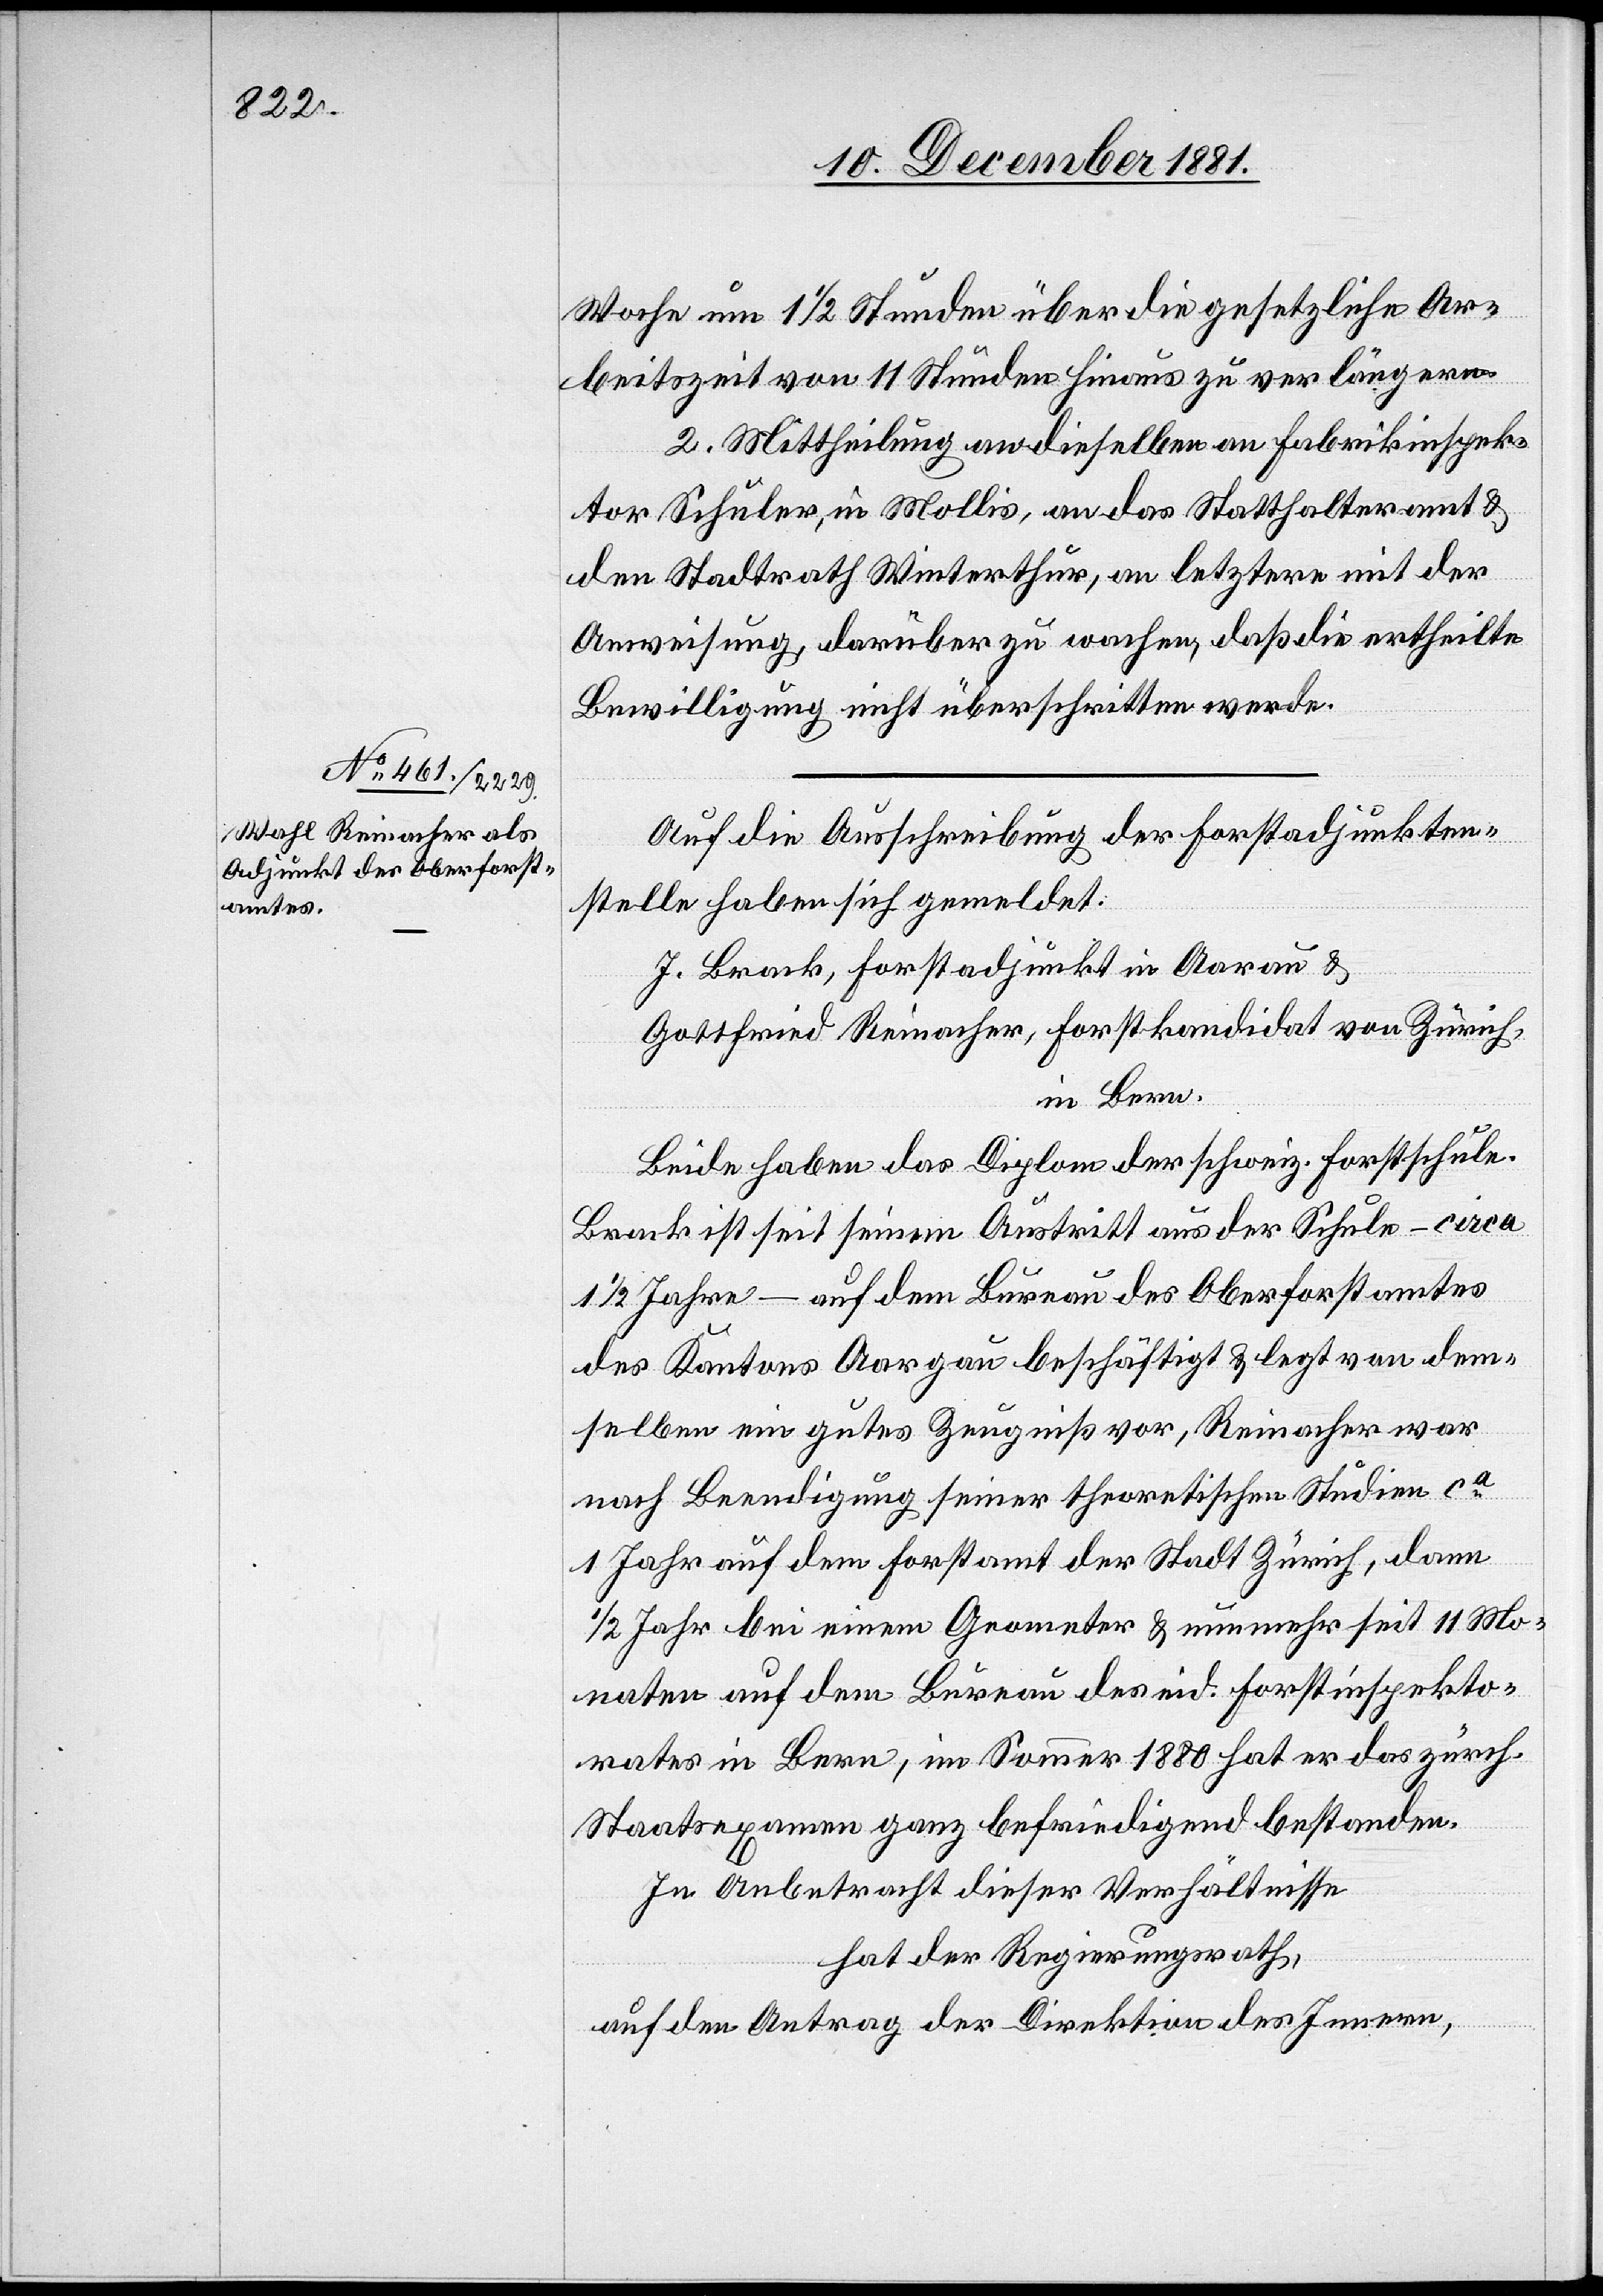
Woche um 1 1/2 Stunden über die gesetzliche Ar¬
beitszeit von 11 Stunden hinaus zu verlängern.
2. Mittheilung an dieselben[,] an Fabrikinspek¬
tor Schuler, in Mollis, an das Statthalteramt &
den Stadtrath Winterthur, an letztere mit der
Anweisung, darüber zu wachen, daß die ertheilte
Bewilligung nicht überschritten werde.
Auf die Ausschreibung der Forstadjunkten¬
stelle haben sich gemeldet:
J. Brack, Forstadjunkt in Aarau &
Gottfried Reinacher, Forstkandidat von Zürich,
in Bern.
Beide haben das Diplom der schweiz. Forstschule.
Brack ist seit seinem Austritt aus der Schule – circa
1 1/2 Jahre – auf dem Bureau des Oberforstamtes
des Kantons Aargau beschäftigt & legt von dem¬
selben ein gutes Zeugniß vor, Reinacher war
nach Beendigung seiner theoretischen Studien ca
1 Jahr auf dem Forstamt der Stadt Zürich, dann
1/2 Jahr bei einem Geometer & nunmehr seit 11 Mo¬
naten auf dem Bureau des eid. Forstinspekto¬
rates in Bern, im Sommer 1880 hat er das zürch.
Staatsexamen ganz befriedigend bestanden.
In Anbetracht dieser Verhältnisse
hat der Regierungsrath,
auf den Antrag der Direktion des Innern,